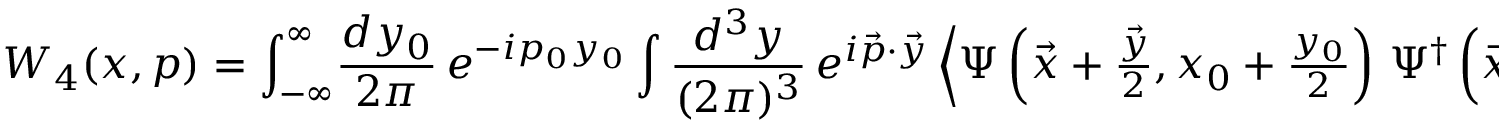
W _ { 4 } ( x , p ) = \int _ { - \infty } ^ { \infty } \! \frac { d y _ { 0 } } { 2 \pi } \, e ^ { - i p _ { 0 } y _ { 0 } } \int \frac { d ^ { 3 } y } { ( 2 \pi ) ^ { 3 } } \, e ^ { i \vec { p } \cdot \vec { y } } \left\langle \Psi \left( \vec { x } + { \textstyle { \frac { \vec { y } } { 2 } } } , x _ { 0 } + { \textstyle { \frac { y _ { 0 } } { 2 } } } \right) \, \Psi ^ { \dag } \left( \vec { x } - { \textstyle { \frac { \vec { y } } { 2 } } } , x _ { 0 } - { \textstyle { \frac { y _ { 0 } } { 2 } } } \right) \right\rangle \, .